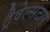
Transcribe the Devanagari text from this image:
ट्रैवेल्सटार